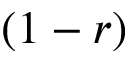
( 1 - r )